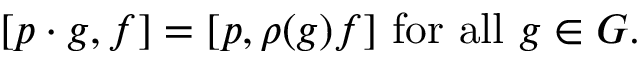
[ p \cdot g , f ] = [ p , \rho ( g ) f ] { \mathrm { ~ f o r ~ a l l ~ } } g \in G .